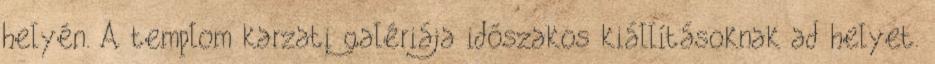
helyén. A templom karzati galériája időszakos kiállításoknak ad helyet.